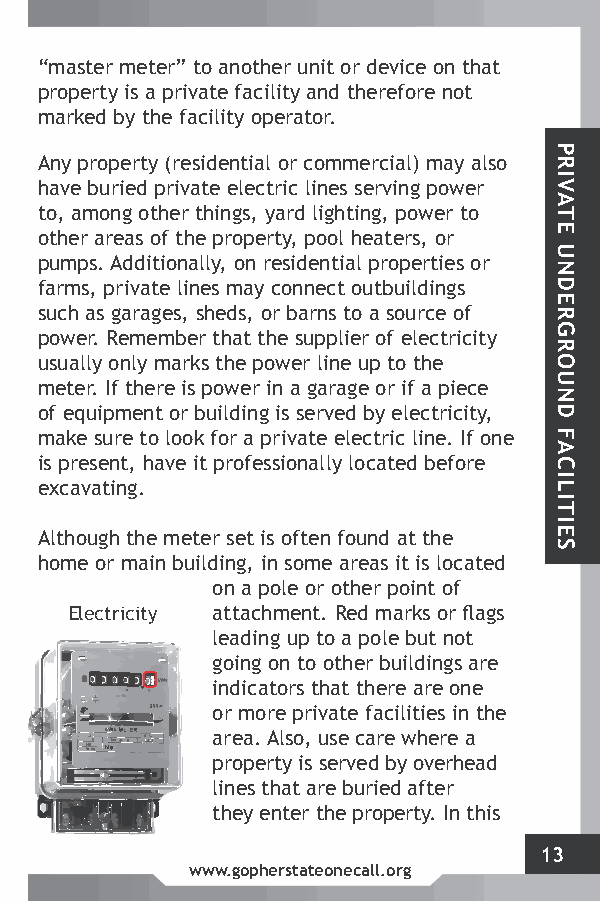
“master meter” to another unit or device on that
 property is a private facility and therefore not
 marked by the facility operator.
 Any property (residential or commercial) may also
 have buried private electric lines serving power
 to, among other things, yard lighting, power to
 other areas of the property, pool heaters, or
 pumps. Additionally, on residential properties or
 farms, private lines may connect outbuildings
 such as garages, sheds, or barns to a source of
 power. Remember that the supplier of electricity
 usually only marks the power line up to the
 meter. If there is power in a garage or if a piece
 of equipment or building is served by electricity,
 make sure to look for a private electric line. If one
 is present, have it professionally located before
 excavating.
 Although the meter set is often found at the
 home or main building, in some areas it is located
 on a pole or other point of
 Electricity attachment. Red marks or flags
 leading up to a pole but not
 going on to other buildings are
 indicators that there are one
 or more private facilities in the
 area. Also, use care where a
 property is served by overhead
 lines that are buried after
 they enter the property. In this
 13
 www.gopherstateonecall.org
 PRIVATE
 UNDERGROUND
 FACILITIES